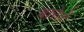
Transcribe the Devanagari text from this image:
बारेतें